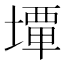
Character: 𡐧